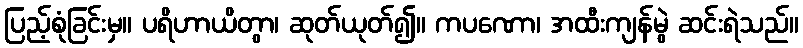
ပြည့်စုံခြင်းမှ။ ပရိဟာယိတွာ၊ ဆုတ်ယုတ်၍။ ကပဏော၊ အထီးကျန်မွဲ ဆင်းရဲသည်။